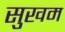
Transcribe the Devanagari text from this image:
सुखम